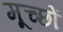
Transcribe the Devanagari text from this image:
मूच्छों